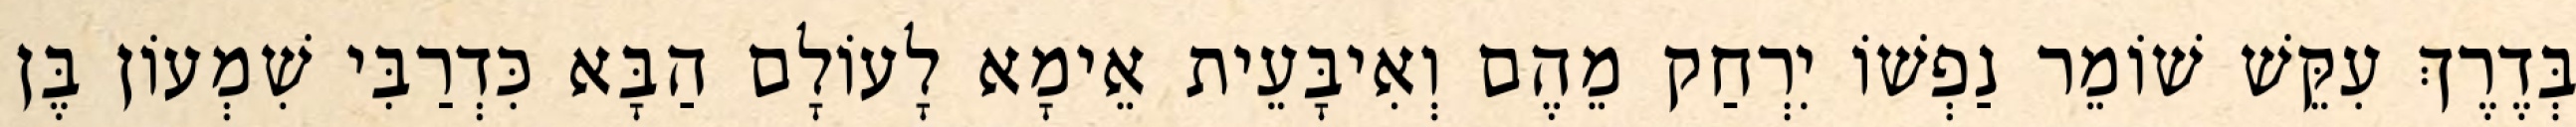
בְּדֶרֶךְ עִקֵּשׁ שׁוֹמֵר נַפְשׁוֹ יִרְחַק מֵהֶם וְאִיבָּעֵית אֵימָא לָעוֹלָם הַבָּא כִּדְרַבִּי שִׁמְעוֹן בֶּן